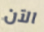
الآن